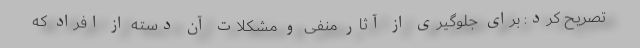
تصریح کرد: برای جلوگیری از آثار منفی و مشکلات آن دسته از افراد که